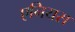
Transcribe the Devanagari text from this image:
एनियस